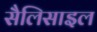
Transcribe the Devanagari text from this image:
सैलिसाइल